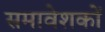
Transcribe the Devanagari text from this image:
समावेशकों